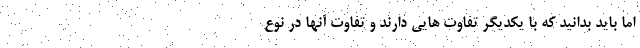
اما باید بدانید که با یکدیگر تفاوت هایی دارند و تفاوت آنها در نوع